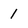
Character: 1